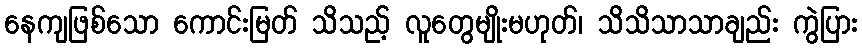
နေကျဖြစ်သော ကောင်းမြတ် သိသည့် လူတွေမျိုးမဟုတ်၊ သိသိသာသာချည်း ကွဲပြား